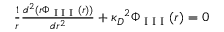
\begin{array} { r } { \frac { 1 } { r } \frac { d ^ { 2 } ( r \Phi _ { \textrm { I I I } } ( r ) ) } { d r ^ { 2 } } + { \kappa _ { D } } ^ { 2 } \Phi _ { \textrm { I I I } } ( r ) = 0 } \end{array}